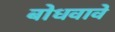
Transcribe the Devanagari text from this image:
बोधवावे